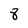
Character: 8